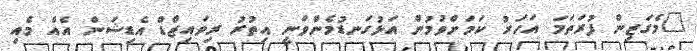
"މެގަޒިން ފުރަތަމަ އަހަރު ކަމަށްވުމުން އަޅުގަނޑުމެންވަނީ އިތުރު ރިވައިޒްްޑް އެޑިޝަން އެއް މެއި